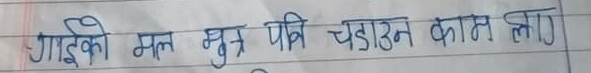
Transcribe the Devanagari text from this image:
गाईको मल मूत्र पनि चढाउन काम लाग्छ।